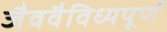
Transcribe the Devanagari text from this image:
जैववैविध्यपूर्ण